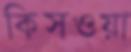
কিসওয়া